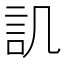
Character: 𮗸